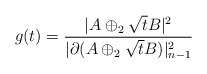
\begin{align*}g(t)=\frac{|A \oplus_2 \sqrt{t}B|^2}{|\partial (A \oplus_2 \sqrt{t}B)|^2_{n-1}}\end{align*}